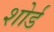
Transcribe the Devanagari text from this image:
शोर्ड